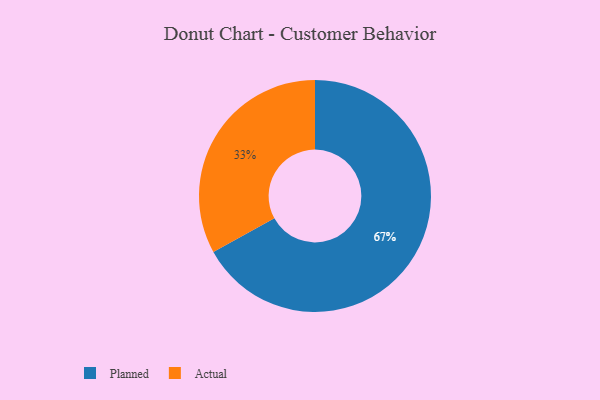
{"axis": {"x": "Category", "y": "Percentage"}, "legend": ["Actual", "Planned"], "data": [{"x": "Actual", "y": 33, "type": "Actual"}, {"x": "Planned", "y": 67, "type": "Planned"}]}